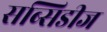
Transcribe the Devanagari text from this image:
सब्सिडीज